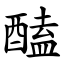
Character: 醘